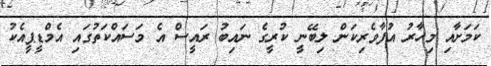
ކަމަށާއި މިހާރު އުފާވެރިކަން ލިބޭނީ ކުރީގެ ނައިބު ރައީސް އެ މަސައްކަތުގައި އެމްޑީޕީއެކު